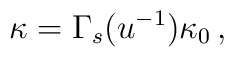
\kappa = \Gamma_{s}(u^{-1})\kappa_{0}\, ,